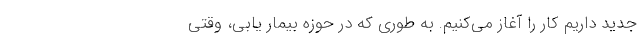
جدید داریم کار را آغاز می‌کنیم. به طوری که در حوزه بیمار یابی، وقتی